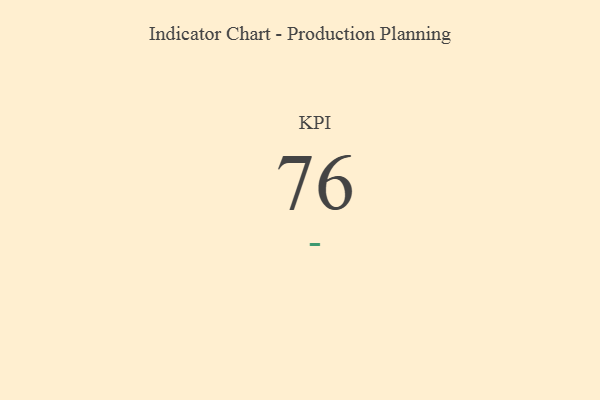
{"axis": {"x": "KPI", "y": "Value"}, "legend": [""], "data": [{"x": "KPI", "y": 76, "type": ""}]}